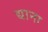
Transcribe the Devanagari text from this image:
द्याना